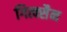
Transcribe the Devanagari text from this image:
गित्क्सैन